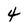
Character: 4